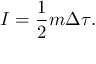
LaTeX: I = { \frac { 1 } { 2 } } m \Delta \tau .